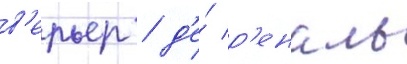
в'ерьер / д'е́ р'еналь